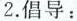
2.倡导：